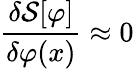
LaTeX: {\frac{\delta{\mathcal{S}}[\varphi]}{\delta\varphi(x)}}\approx 0